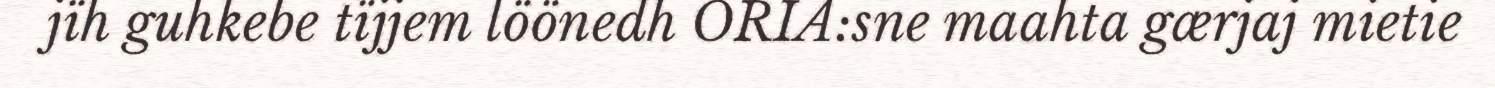
jïh guhkebe tïjjem löönedh ORIA:sne maahta gærjaj mietie